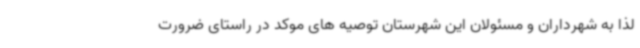
لذا به شهرداران و مسئولان این شهرستان توصیه های موکد در راستای ضرورت